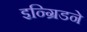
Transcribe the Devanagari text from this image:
इन्ग्रिडने